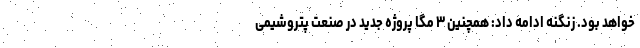
خواهد بود. زنگنه ادامه داد:‌ همچنین ۳ مگا پروژه جدید در صنعت پتروشیمی